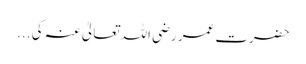
حضرت عمر رضی اللہ تعالیٰ عنہ کی ...